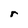
Character: r